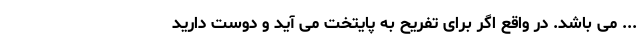
... می باشد. در واقع اگر برای تفریح به پایتخت می آید و دوست دارید